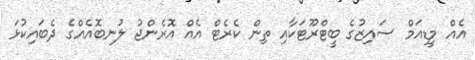
އެއް މީޑިއަމް ސައިޒުގެ ބީޓްރޫޓަކާއި ތިން ކެރެޓް އެއް އޮރެންޖު ލުނބޮއެއްގެ ދެބައިކުޅަ